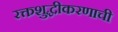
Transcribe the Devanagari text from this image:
रक्तशुद्धीकरणाची